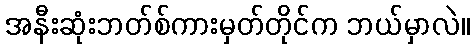
အနီးဆုံးဘတ်စ်ကားမှတ်တိုင်က ဘယ်မှာလဲ။